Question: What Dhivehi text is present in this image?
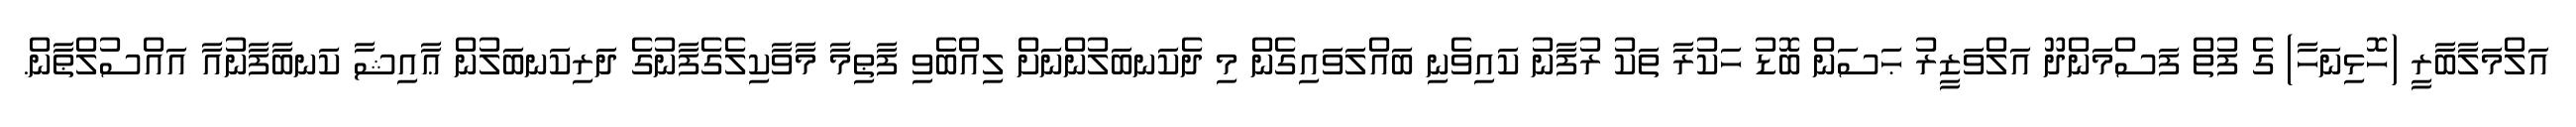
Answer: އަލްމަލާބާރީ (ހޮޅިނަހާ) ގެ ފުތް ފަސްމަންދޫ އަލްވަޒީރު ޙަސަން ބޮޑު ހަކުރާ ތަކު ރުފާނު ކައިވެނި ބައްލަވައިގެން މި ދެކަނބަލުންނަށް ލިއްބެވި ފާޠިމާ މާވާކިލެގެފާނުގެ ދަރިކަނބަލުން ޢާއިޝާ ކަނބާފާނުއާ އައްސުލްޠާން.